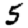
Digit: 5